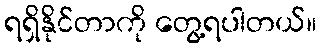
ရရှိနိုင်တာကို တွေ့ရပါတယ်။